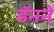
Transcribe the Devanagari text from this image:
डॅनने